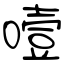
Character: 噎